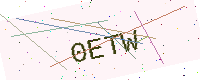
Text: 0ETW